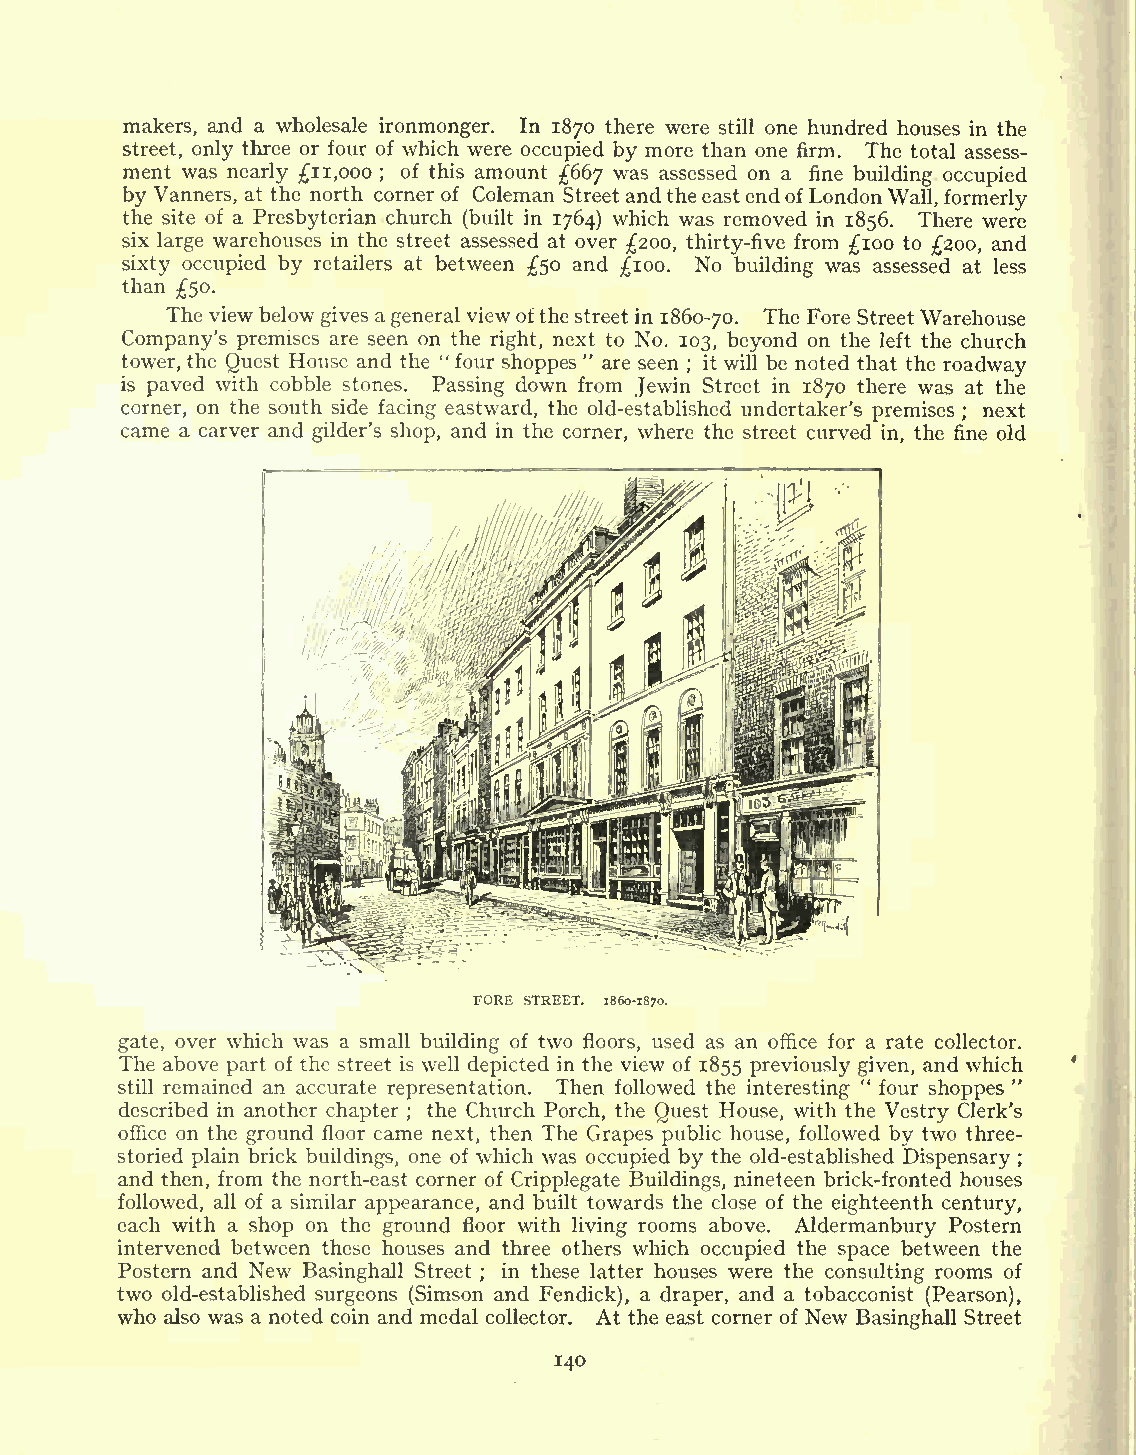
makers, and a wholesale ironmonger. In 1870 there were still one hundred houses in the
 street, only three or four of which were occupied by more than one firm. The total assess-
 ment was nearly 11,000 ; of this amount 667 was assessed on a fine building occupied
 by Vanners, at the north corner of Coleman Street andtheeastendofLondon Wall, formerly
 the site of a Presbyterian church (built in 1764) which was removed in 1856. There were
 six large warehouses in the street assessed at over 200, thirty-five from 100 to 200, and
 sixty occupied by retailers at between 50 and 100. No building was assessed at less
 than
 50.
 The view below gives a general viewofthe street in 1860-70. The Fore StreetWarehouse
 Company's premises are seen on the right, next to No. 103, beyond on the left the church
 tower, the Quest House and the " four shoppes " are seen it will be noted that the roadway
 ;
 is paved with cobble stones. Passing down from Jewin Street in 1870 there was at the
 corner, on the south side facing eastward, the old-established undertaker's premises next
 came a carver and gilder's shop, and in the corner, where the street curved in, the fi; ne old
 FORE STREET. 1860-1870.
 gate, over which was a small building of two floors, used as an office for a rate collector.
 The above part of the street is well depicted in the view of 1855 previously given, and which
 "         "
 still remained an accurate representation. Then followed the interesting four shoppes
 described in another chapter the Church Porch, the Quest House, with the Vestry Clerk's
 ;
 office on the ground floor came next, then The Grapes public house, followed bv two three-
 storied plain brick buildings, one of which was occupied by the old-established Dispensary ;
 and then, from the north-east corner of Cripplegate Buildings, nineteen brick-fronted houses
 followed, all of a similar appearance, and built towards the close of the eighteenth century,
 each with a shop on the ground floor with living rooms above. Aldermanbury Postern
 intervened between these houses and three others which occupied the space between the
 Postern and New Basinghall Street in these latter houses were the consulting rooms of
 ;
 two old-established surgeons (Simson and Fendick), a draper, and a tobacconist (Pearson),
 who also was a noted coin and medal collector. At the east corner of New Basinghall Street
 140